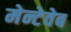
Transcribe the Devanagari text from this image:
मेन्टेवेब